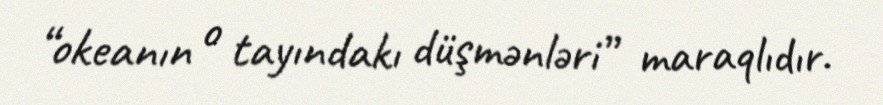
“okeanın o tayındakı düşmənləri” maraqlıdır.